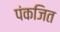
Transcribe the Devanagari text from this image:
पंकजित